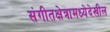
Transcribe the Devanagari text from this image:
संगीतक्षेत्रामध्येदेखील